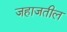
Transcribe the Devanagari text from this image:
जहाजतील